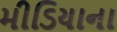
મીડિયાના